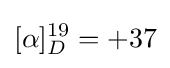
[\alpha ]_{D}^{19}=+37